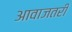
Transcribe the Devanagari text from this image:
आवाजतरी